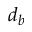
d _ { b }